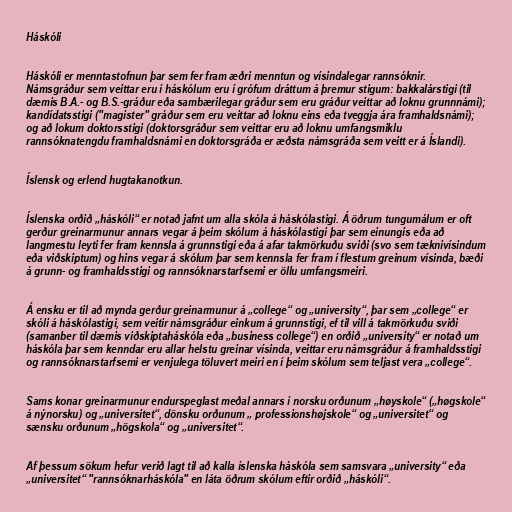
Háskóli

Háskóli er menntastofnun þar sem fer fram æðri menntun og vísindalegar rannsóknir.
Námsgráður sem veittar eru í háskólum eru í grófum dráttum á þremur stigum: bakkalárstigi (til
dæmis B.A.- og B.S.-gráður eða sambærilegar gráður sem eru gráður veittar að loknu grunnnámi);
kandídatsstigi ("magister" gráður sem eru veittar að loknu eins eða tveggja ára framhaldsnámi);
og að lokum doktorsstigi (doktorsgráður sem veittar eru að loknu umfangsmiklu
rannsóknatengdu framhaldsnámi en doktorsgráða er æðsta námsgráða sem veitt er á Íslandi).

Íslensk og erlend hugtakanotkun.

Íslenska orðið „háskóli“ er notað jafnt um alla skóla á háskólastigi. Á öðrum tungumálum er oft
gerður greinarmunur annars vegar á þeim skólum á háskólastigi þar sem einungis eða að
langmestu leyti fer fram kennsla á grunnstigi eða á afar takmörkuðu sviði (svo sem tæknivísindum
eða viðskiptum) og hins vegar á skólum þar sem kennsla fer fram í flestum greinum vísinda, bæði
á grunn- og framhaldsstigi og rannsóknarstarfsemi er öllu umfangsmeiri.

Á ensku er til að mynda gerður greinarmunur á „college“ og „university“, þar sem „college“ er
skóli á háskólastigi, sem veitir námsgráður einkum á grunnstigi, ef til vill á takmörkuðu sviði
(samanber til dæmis viðskiptaháskóla eða „business college“) en orðið „university“ er notað um
háskóla þar sem kenndar eru allar helstu greinar vísinda, veittar eru námsgráður á framhaldsstigi
og rannsóknarstarfsemi er venjulega töluvert meiri en í þeim skólum sem teljast vera „college“.

Sams konar greinarmunur endurspeglast meðal annars í norsku orðunum „høyskole“ („høgskole“
á nýnorsku) og „universitet“, dönsku orðunum „ professionshøjskole“ og „universitet“ og
sænsku orðunum „högskola“ og „universitet“.

Af þessum sökum hefur verið lagt til að kalla íslenska háskóla sem samsvara „university“ eða
„universitet“ "rannsóknarháskóla" en láta öðrum skólum eftir orðið „háskóli“.